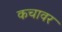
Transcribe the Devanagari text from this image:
कचावर